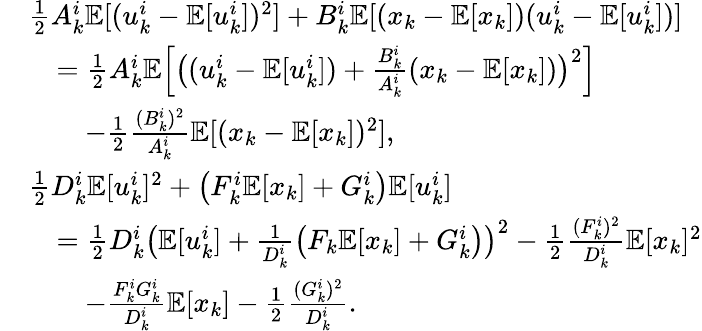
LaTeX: \begin{array}{rl}&{\frac{1}{2}A_{k}^{i}\mathbb{E}[(u_{k}^{i}-\mathbb{E}[u_{k}^{i}])^{2}]+B_{k}^{i}\mathbb{E}[(x_{k}-\mathbb{E}[x_{k}])(u_{k}^{i}-\mathbb{E}[u_{k}^{i}])]}\\ &{\quad=\frac{1}{2}A_{k}^{i}\mathbb{E}\Big[\big((u_{k}^{i}-\mathbb{E}[u_{k}^{i}])+\frac{B_{k}^{i}}{A_{k}^{i}}(x_{k}-\mathbb{E}[x_{k}])\big)^{2}\Big]}\\ &{\quad\quad-\frac{1}{2}\frac{(B_{k}^{i})^{2}}{A_{k}^{i}}\mathbb{E}[(x_{k}-\mathbb{E}[x_{k}])^{2}],}\\ &{\frac{1}{2}D_{k}^{i}\mathbb{E}[u_{k}^{i}]^{2}+\big(F_{k}^{i}\mathbb{E}[x_{k}]+G_{k}^{i}\big)\mathbb{E}[u_{k}^{i}]}\\ &{\quad=\frac{1}{2}D_{k}^{i}\big(\mathbb{E}[u_{k}^{i}]+\frac{1}{D_{k}^{i}}\big(F_{k}\mathbb{E}[x_{k}]+G_{k}^{i}\big)\big)^{2}-\frac{1}{2}\frac{(F_{k}^{i})^{2}}{D_{k}^{i}}\mathbb{E}[x_{k}]^{2}}\\ &{\quad\quad-\frac{F_{k}^{i}G_{k}^{i}}{D_{k}^{i}}\mathbb{E}[x_{k}]-\frac{1}{2}\frac{(G_{k}^{i})^{2}}{D_{k}^{i}}.}\end{array}